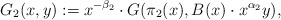
\begin{align*}G_2(x,y):=x^{-\beta_2}\cdot G(\pi_2(x), B(x)\cdot x^{ \alpha_2}y), \end{align*}